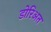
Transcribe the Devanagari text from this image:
डोरिअत